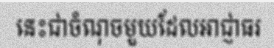
នេះជាចំណុចមួយដែលអាជ្ញាធរ